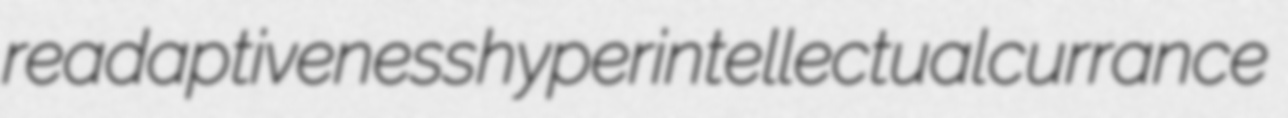
readaptiveness hyperintellectual currance